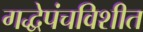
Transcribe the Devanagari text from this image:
गद्धेपंचविशीत